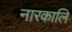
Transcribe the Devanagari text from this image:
नारकालि